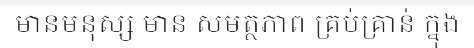
មានមនុស្ស មាន សមត្ថភាព គ្រប់គ្រាន់ ក្នុង